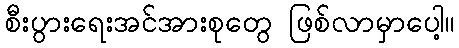
စီးပွားရေးအင်အားစုတွေ ဖြစ်လာမှာပေါ့။